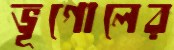
ভূগোলের